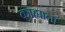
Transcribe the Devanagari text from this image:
काह्याला